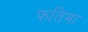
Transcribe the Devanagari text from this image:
फतिमा